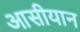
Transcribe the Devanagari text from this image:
आसीयान